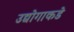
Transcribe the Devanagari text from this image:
उद्योगाकडे